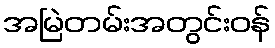
အမြဲတမ်းအတွင်းဝန်